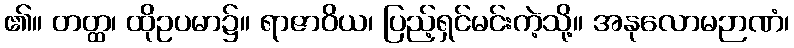
၏။ တတ္ထ၊ ထိုဥပမာ၌။ ရာဇာဝိယ၊ ပြည့်ရှင်မင်းကဲ့သို့။ အနုလောမဉာဏံ၊